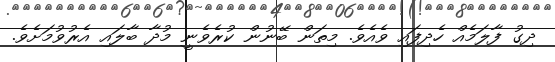
ދިގު ފާލަމެއް ހެދިފައި ވެއެވެ. މިތަން ބޭނުން ކުރެވެނީ މުދާ ބާލައި އެރުވުމަށެވެ.